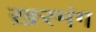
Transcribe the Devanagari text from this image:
ख़रमंग